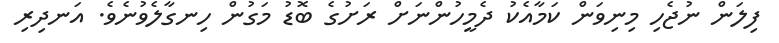
ފިލަން ނުޖެހި މިނިވަން ކަމާއެކު ދެމީހުންނަށް ރަށުގެ ބޮޑު މަގުން ހިނގާލެވުނެވެ. އަނދިރި